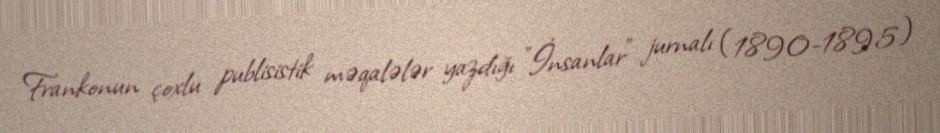
Frankonun çoxlu publisistik məqalələr yazdığı "İnsanlar" jurnalı (1890-1895)